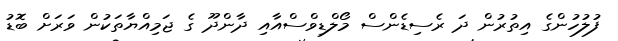
ފުލުހުންގެ އިތުރުން ދަ ރެސިޑެންސް މޯލްޑިވްސްއާއި ދާންދޫ ގެ ޖަމިއްޔާތަކުން ވަރަށް ބޮޑު